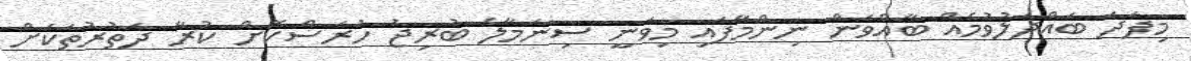
މިފަދަ ބައްދަލުވުމެއް ބާއްވަން ނިންމާފައި މިވަނީ ސިނަމާލެ ބުރިޖު ހުރަސްކޮށް ކުރާ ދަތުރުތަކަށް